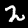
Label: 2